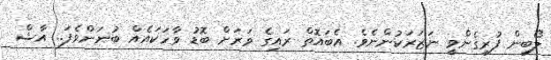
ލޯބިން ފުރިގެންވީ ނަޒަރަކުންނެވެ. އެބައޮތް ރައިގެ ވަރަށް ބޮޑު ވާހަކައެއް ބުނަންވެފަ.. އާޝް